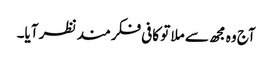
آج وہ مجھ سے ملا تو کافی فکرمند نظر آیا۔